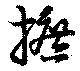
摭